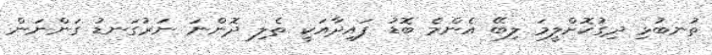
ތުނބުޅި ދިގުކޮށްލީމަ ލިބޭ އެންމެ ބޮޑު ފައިދާއަކީ ތެލި ދޮންނަ ނަރުގަނޑު ގަންނަން